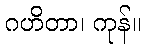
ဂဟိတာ၊ ကုန်။